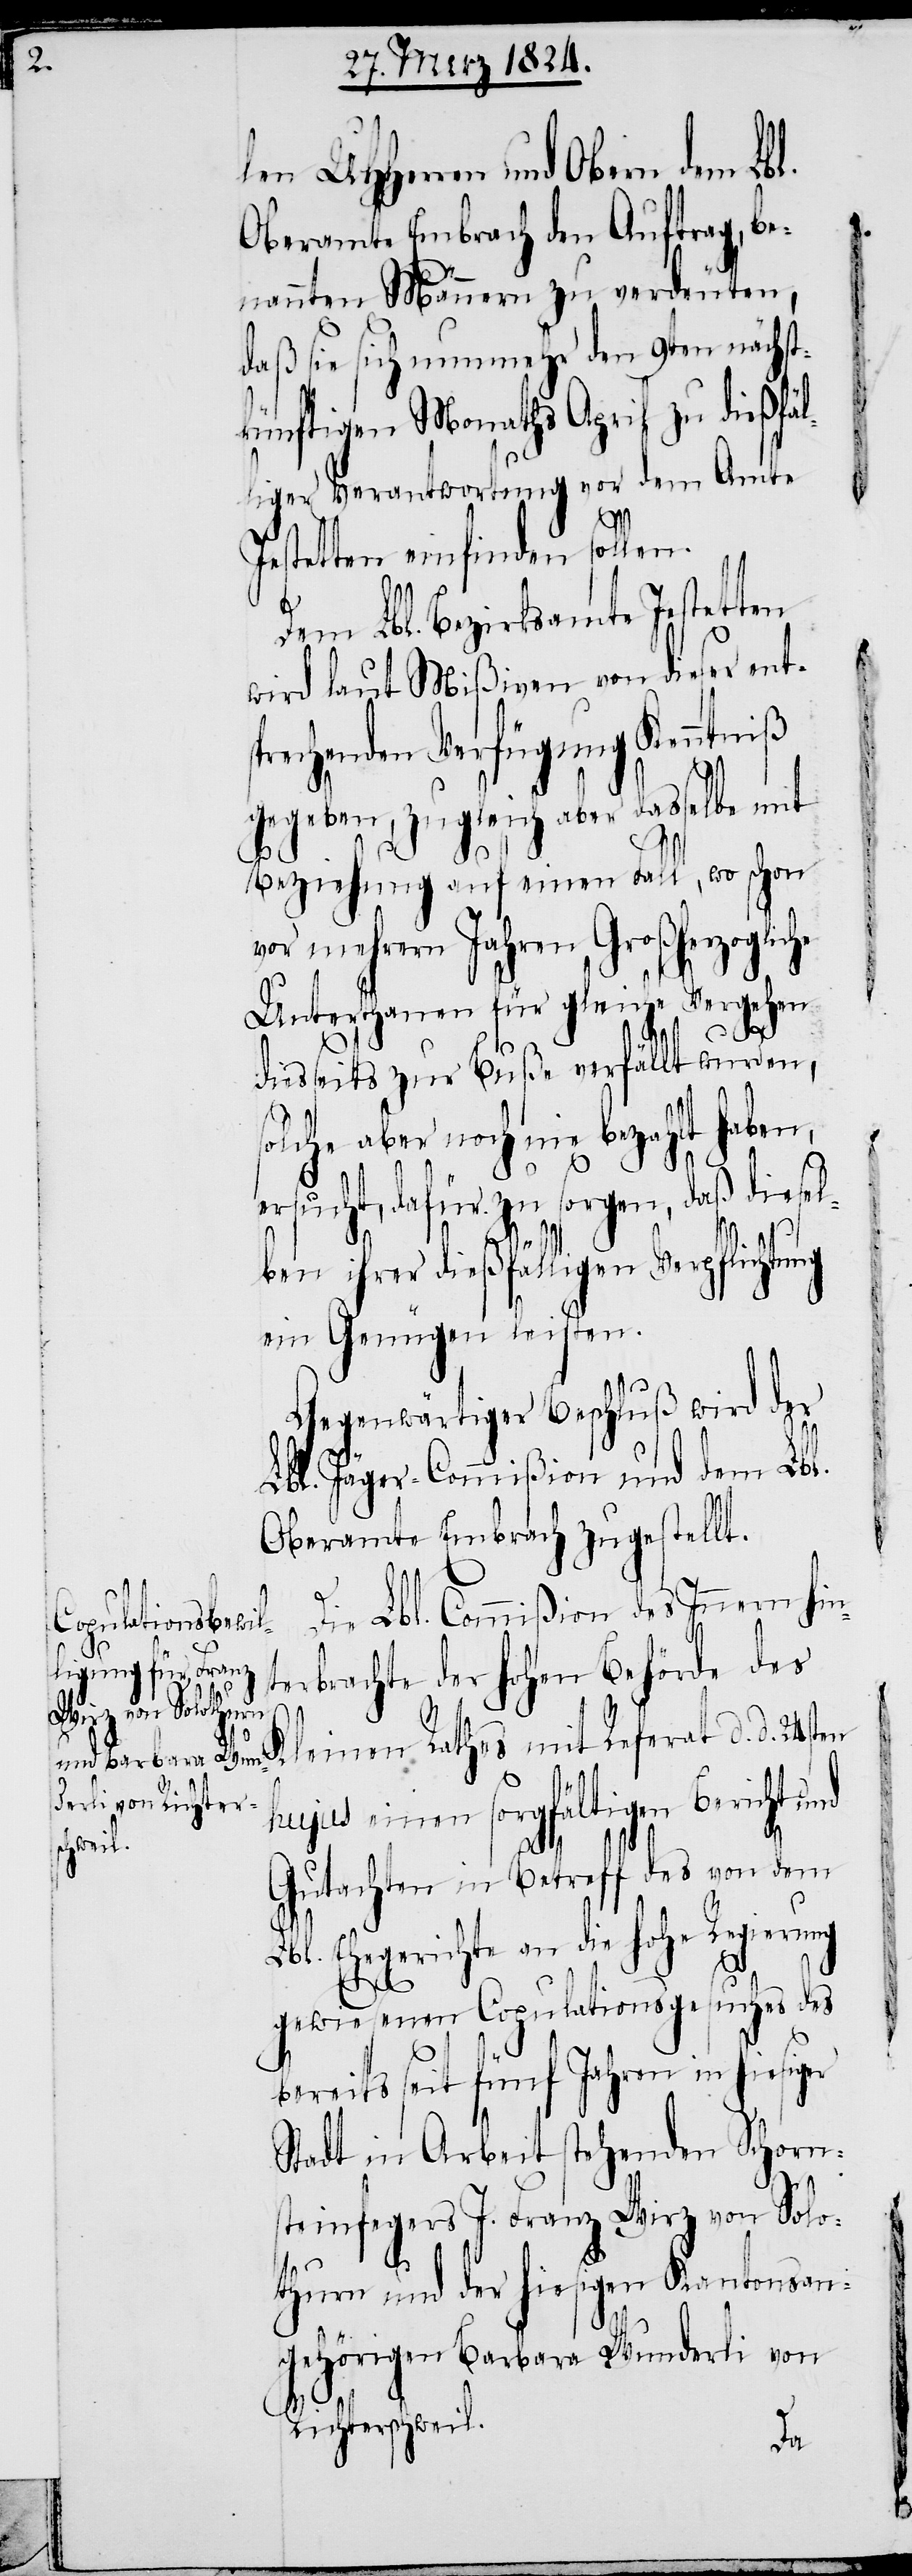
en

len UHHerren und Obern dem Lbl.
Oberamte Embrach den Auftrag, be¬
nannten Männern zu verdeuten,
daß sie sich nunmehr den 9ten nächst¬
künftigen Monaths April zu dießfäl¬
liger Verantwortung vor dem Amte
Jestetten einfinden sollen.
Dem Lbl. Bezirksamte Jestetten
wird laut Mißiven von dieser ent¬
rechenden Verfügung Kenntniß
gegeben, zugleich aber dasselbe mit
Beziehung auf einen Fall, wo schon
vor mehrern Jahren Großherzogliche
Unterthanen für gleiche Vergehen
diesseits zur Buße verfällt wurden,
solche aber noch nie bezahlt haben,
ersucht, dafür zu sorgen, daß diesel¬
ben ihrer dießfälligen Verpflichtung
ein Genügen leisten.
Gegenwärtiger Beschluß wird der
Lbl. Jäger-Commißion und dem Lbl.
Oberamte Embrach zugestellt.
Die Lbl. Commißion des Innern hin¬
terbrachte der hohen Behörde des
K¬
leinen Rathes mit Referat d. d. 24st¬
hujus einen sorgfältigen Bericht und
Gutachten in Betreff des von dem
Lbl. Ehegerichte an die hohe Regierung
gewiesenen Copulationsgesuches des
bereits seit fünf Jahren in hiesiger
Stadt in Arbeit stehenden Schorn¬
steinfegers J. Franz Wirz von Solo¬
thurn und der hiesigen Kantonsan¬
gehörigen Barbara Wunderli von
Richterschweil.